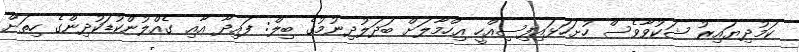
ކަމުދިޔައިރު ޝަކުވާވެސް ހުށަހަޅައިފިސިއްހީ އިހްމާލަށް ބަދަލުދިނުމުގެ ބިލް: ފައިދާ އާއި ގެއްލުންކުޑަކުދިންގެ ހިތަށް